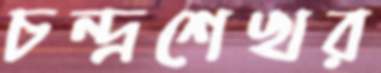
চন্দ্রশেখর